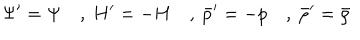
LaTeX: \Psi ^ { \prime } = \Psi \quad , ~ H ^ { \prime } = - H \quad , ~ { \bar { p } ^ { \prime } } = - p \quad , ~ { \bar { \rho } ^ { \prime } } = { \bar { \rho } }